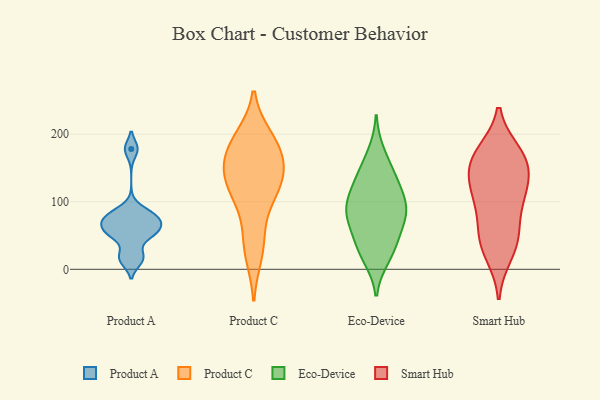
{"axis": {"x": "Market Share (%)", "y": "Value"}, "legend": ["Eco-Device", "Product A", "Product C", "Smart Hub"], "data": [{"x": "", "y": 22, "type": "Product A"}, {"x": "", "y": 76, "type": "Product A"}, {"x": "", "y": 58, "type": "Product A"}, {"x": "", "y": 69, "type": "Product A"}, {"x": "", "y": 87, "type": "Product A"}, {"x": "", "y": 12, "type": "Product A"}, {"x": "", "y": 54, "type": "Product A"}, {"x": "", "y": 50, "type": "Product A"}, {"x": "", "y": 178, "type": "Product A"}, {"x": "", "y": 75, "type": "Product A"}, {"x": "", "y": 129, "type": "Product C"}, {"x": "", "y": 155, "type": "Product C"}, {"x": "", "y": 103, "type": "Product C"}, {"x": "", "y": 195, "type": "Product C"}, {"x": "", "y": 144, "type": "Product C"}, {"x": "", "y": 188, "type": "Product C"}, {"x": "", "y": 112, "type": "Product C"}, {"x": "", "y": 182, "type": "Product C"}, {"x": "", "y": 48, "type": "Product C"}, {"x": "", "y": 149, "type": "Product C"}, {"x": "", "y": 22, "type": "Product C"}, {"x": "", "y": 31, "type": "Eco-Device"}, {"x": "", "y": 65, "type": "Eco-Device"}, {"x": "", "y": 51, "type": "Eco-Device"}, {"x": "", "y": 128, "type": "Eco-Device"}, {"x": "", "y": 89, "type": "Eco-Device"}, {"x": "", "y": 27, "type": "Eco-Device"}, {"x": "", "y": 75, "type": "Eco-Device"}, {"x": "", "y": 95, "type": "Eco-Device"}, {"x": "", "y": 17, "type": "Eco-Device"}, {"x": "", "y": 172, "type": "Eco-Device"}, {"x": "", "y": 141, "type": "Eco-Device"}, {"x": "", "y": 94, "type": "Eco-Device"}, {"x": "", "y": 140, "type": "Eco-Device"}, {"x": "", "y": 109, "type": "Eco-Device"}, {"x": "", "y": 85, "type": "Eco-Device"}, {"x": "", "y": 150, "type": "Smart Hub"}, {"x": "", "y": 172, "type": "Smart Hub"}, {"x": "", "y": 122, "type": "Smart Hub"}, {"x": "", "y": 110, "type": "Smart Hub"}, {"x": "", "y": 168, "type": "Smart Hub"}, {"x": "", "y": 54, "type": "Smart Hub"}, {"x": "", "y": 163, "type": "Smart Hub"}, {"x": "", "y": 51, "type": "Smart Hub"}, {"x": "", "y": 114, "type": "Smart Hub"}, {"x": "", "y": 38, "type": "Smart Hub"}, {"x": "", "y": 23, "type": "Smart Hub"}, {"x": "", "y": 97, "type": "Smart Hub"}, {"x": "", "y": 155, "type": "Smart Hub"}]}